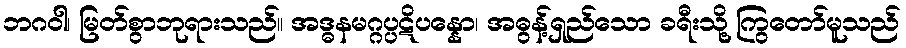
ဘဂဝါ၊ မြတ်စွာဘုရားသည်။ အဒ္ဓနမဂ္ဂပ္ပဋိပန္နော၊ အဓွန့်ရှည်သော ခရီးသို့ ကြွတော်မူသည်